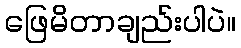
ဖြေမိတာချည်းပါပဲ။